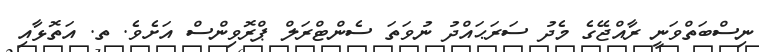
ނިސްބަތްވަނީ ރާއްޖޭގެ މެދު ސަރަޙައްދު ނުވަތަ ސެންޓްރަލް ޕްރޮވިންސް އަށެވެ. ތ. އަތޮޅާއި